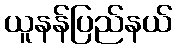
ယူနန်ပြည်နယ်